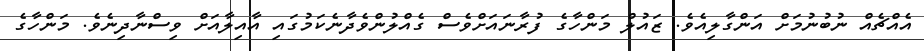
އެއްޗެއް ނުބުނުމަށް އަންގާލިއެވެ. ޒައުލް މަންހާގެ ފުރާނައަށްވެސް ގެއްލުންވެދާނެކަމުގައި އާއިލާއަށް ވިސްނާދިނެވެ. މަންހާގެ